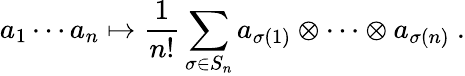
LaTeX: a_{1}\cdots a_{n}\mapsto{\frac{1}{n!}}\sum_{\sigma\in S_{n}}a_{\sigma(1)}\otimes\cdots\otimes a_{\sigma(n)}~.